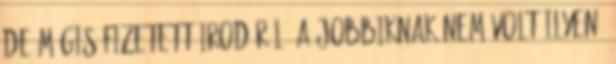
de mégis fizetett irodáról, a Jobbiknak nem volt ilyen.